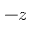
- z